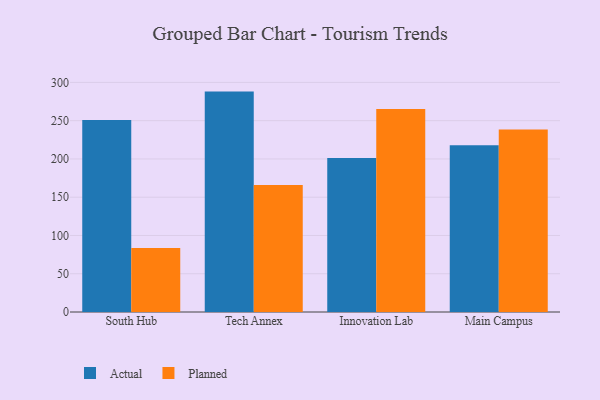
{"axis": {"x": "Campus", "y": "Temperature (°C)"}, "legend": ["Actual", "Planned"], "data": [{"x": "South Hub", "y": 250.9, "type": "Actual"}, {"x": "South Hub", "y": 83.5, "type": "Planned"}, {"x": "Tech Annex", "y": 288.0, "type": "Actual"}, {"x": "Tech Annex", "y": 165.8, "type": "Planned"}, {"x": "Innovation Lab", "y": 201.3, "type": "Actual"}, {"x": "Innovation Lab", "y": 265.3, "type": "Planned"}, {"x": "Main Campus", "y": 217.8, "type": "Actual"}, {"x": "Main Campus", "y": 238.5, "type": "Planned"}]}